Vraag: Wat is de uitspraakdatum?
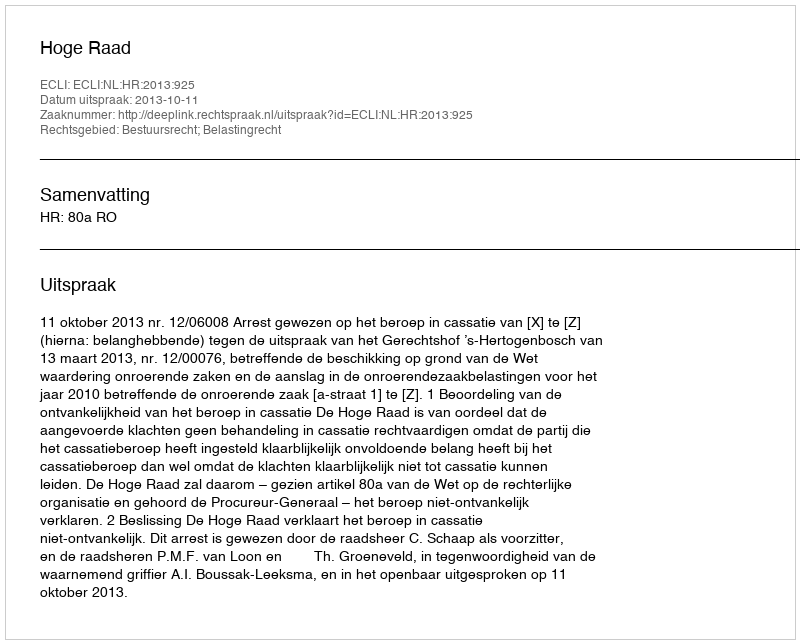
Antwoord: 2013-10-11